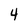
Character: 4